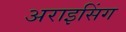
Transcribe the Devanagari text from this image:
अराइसिंग